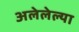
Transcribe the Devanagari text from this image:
अलेलेल्या